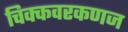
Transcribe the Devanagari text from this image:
चिक्कवरकणज